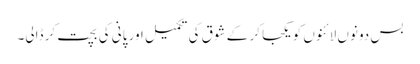
بس دونوں لائنوں کو یکجا کر کے شوق کی تکمیل اور پانی کی بچت کر ڈالی۔